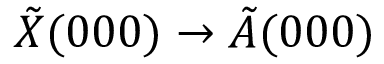
\tilde { X } ( 0 0 0 ) \rightarrow \tilde { A } ( 0 0 0 )